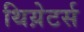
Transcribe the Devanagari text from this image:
थिय़ेटर्स